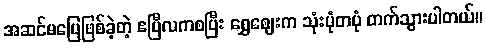
အဆင်မပြေဖြစ်ခဲ့တဲ့ ဧပြီလကစပြီး ရွှေဈေးက သုံးပုံတပုံ တက်သွားပါတယ်။